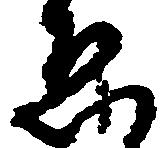
ゑ